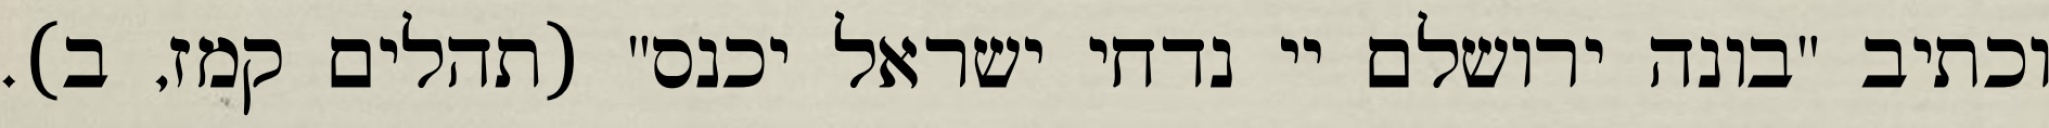
וכתיב "בונה ירושלם יי נדחי ישראל יכנס" (תהלים קמז, ב).